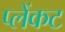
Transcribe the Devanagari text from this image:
प्लेंकट